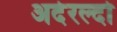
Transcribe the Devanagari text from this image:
अदेरल्दो